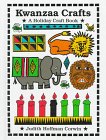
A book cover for Kwanzaa Crafts (A Holiday Craft Book); Judith Hoffman Corwin; Children's Books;